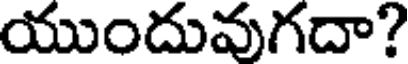
యుందువుగదా?